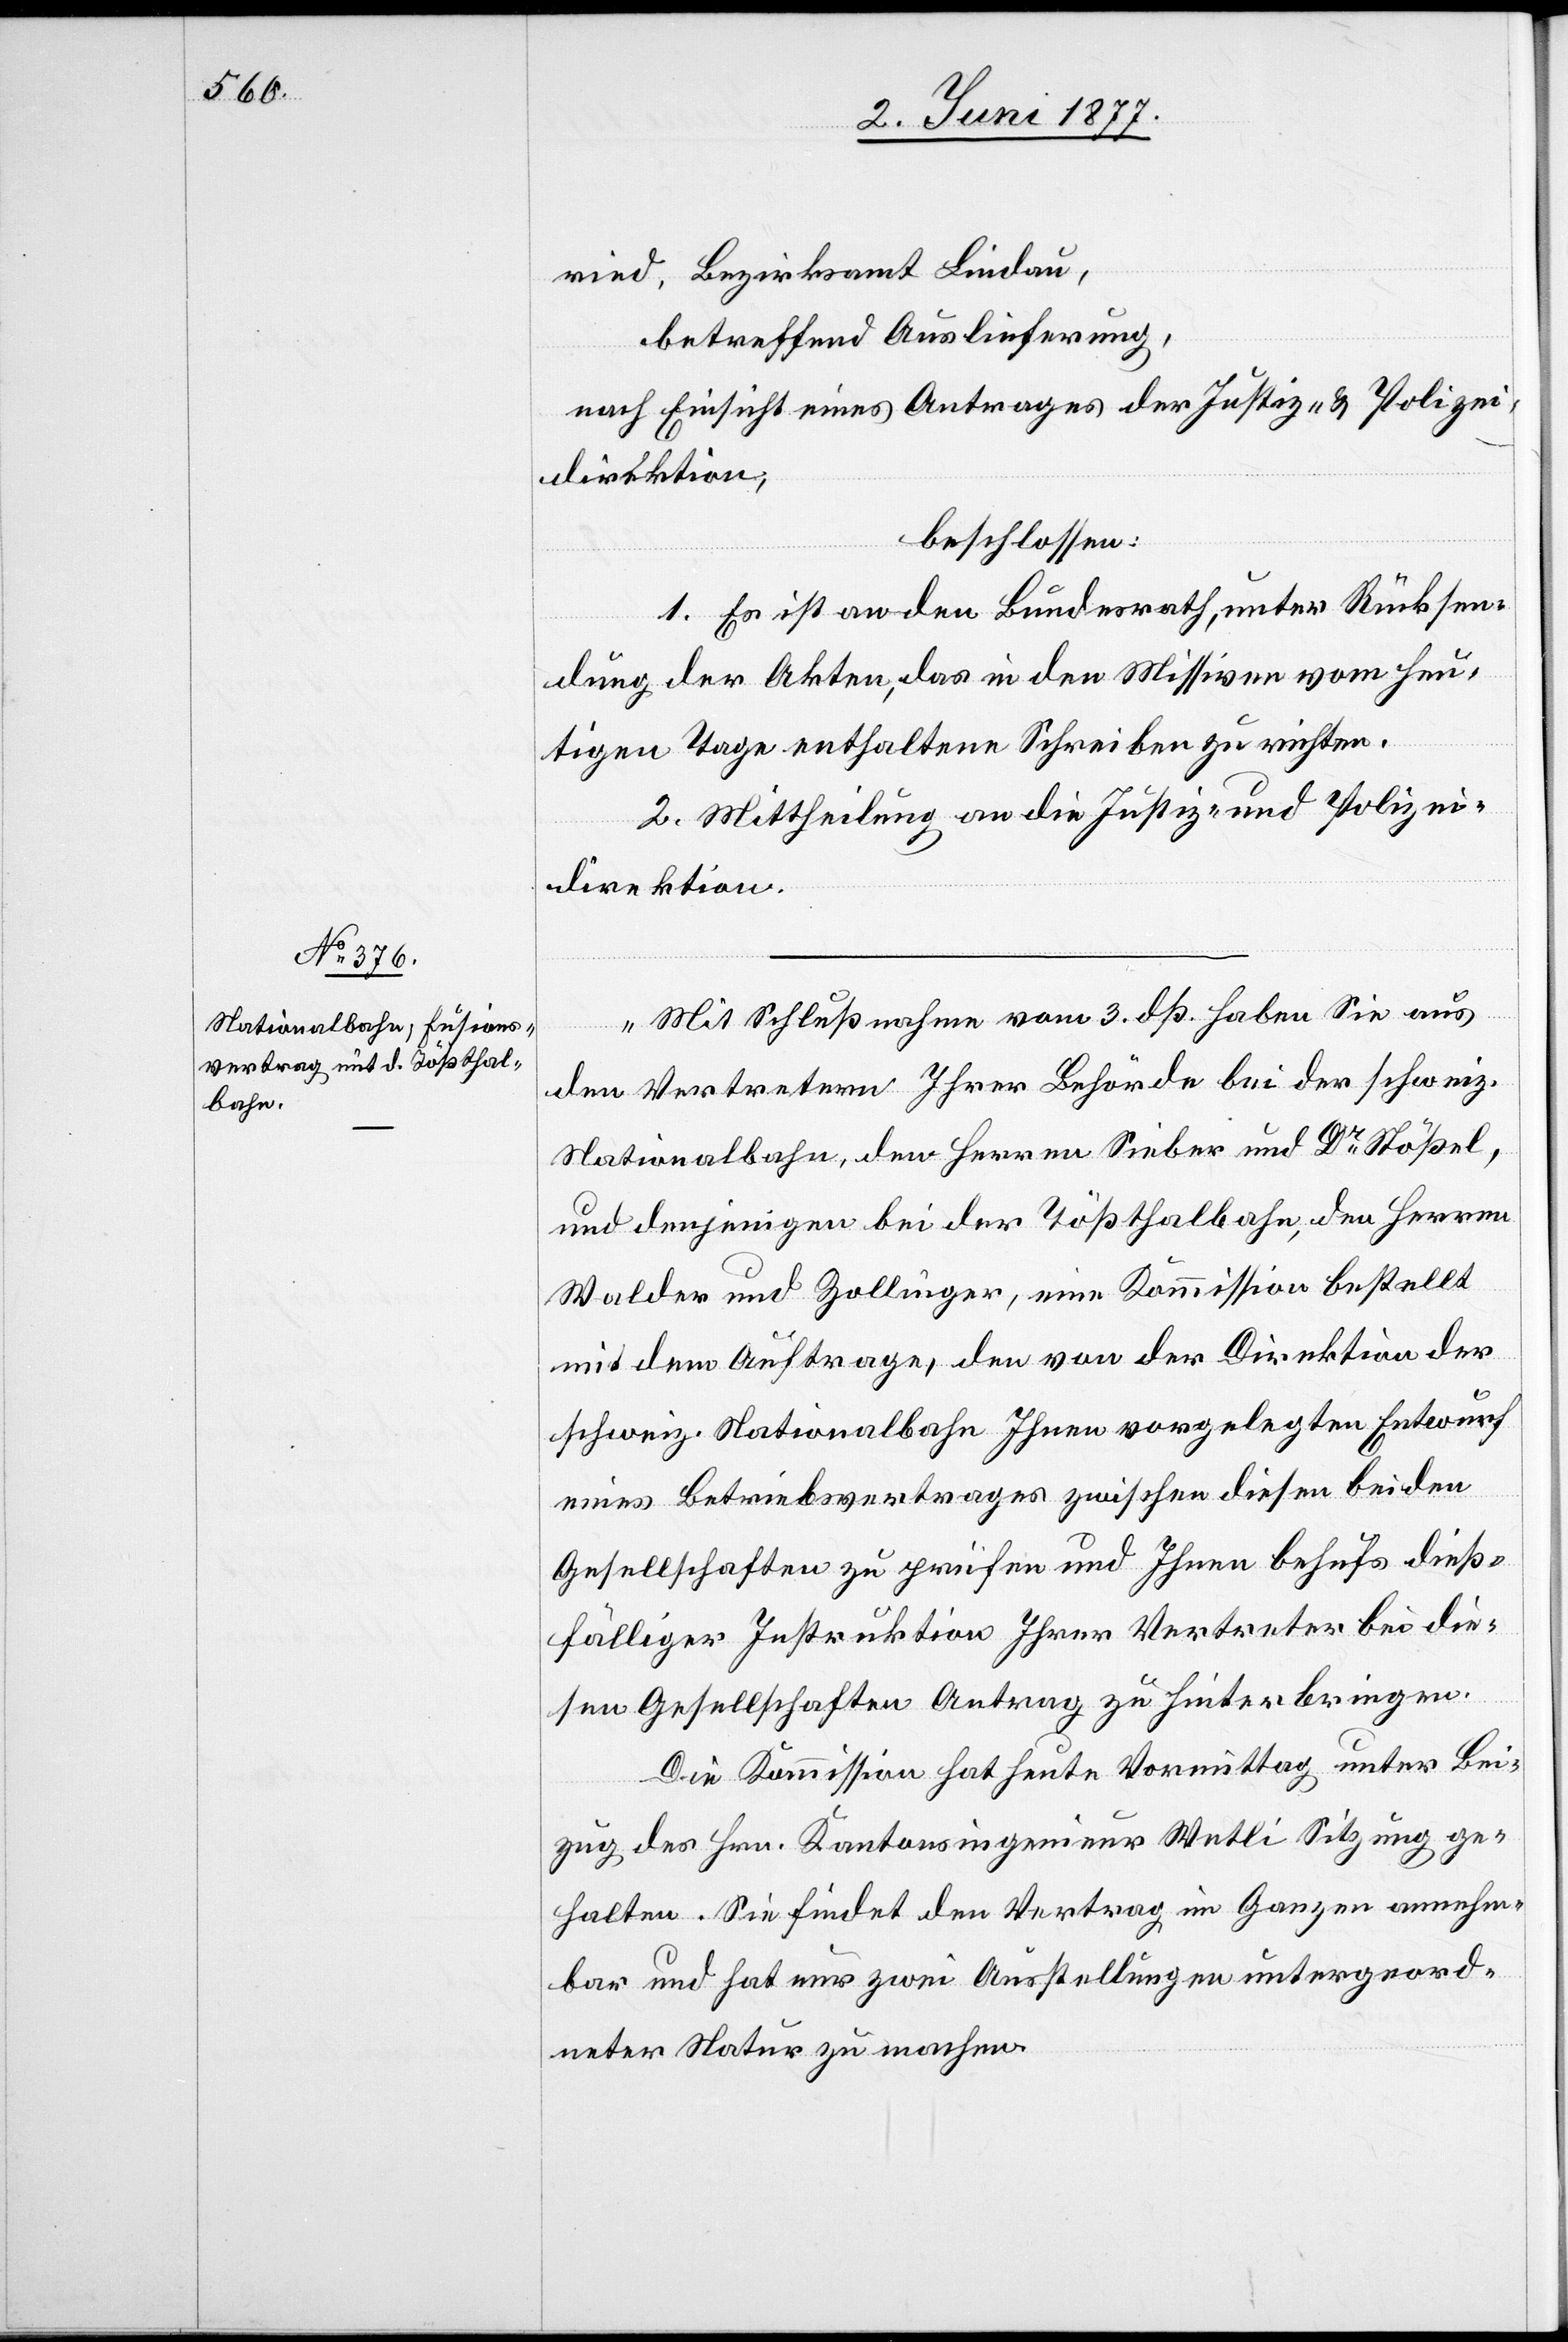
7. Juni 1877.]
ried, Bezirksamt Lindau,
betreffend Auslieferung,
nach Einsicht eines Antrages der Justiz- & Polizei¬
direktion,
beschlossen:
1. Es ist an den Bundesrath, unter Rücksen¬
dung der Akten, das in den Missiven vom heu¬
teigen Tage enthaltene Schreiben zu richten.
2. Mittheilung an die Justiz- und Polizei¬
direktion.
„Mit Schlußnahme vom 3. dß. habe Sie aus
den Vertretern Ihrer Behörde bei der schweiz.
Nationalbahn, den Herren Sieber und Dr Stößel,
und denjenigen bei der Tößthalbahn, den Herren
Walder und Zollinger, eine Kommission bestellt
mit dem Auftrage, den von der Direktion der
schweiz. Nationalbahn Ihnen vorgelegten Entwurf
eines Betriebsvertrages zwischen diesen beiden
Gesellschaften zu prüfen und Ihnen behufs dieß¬
fälliger Instruktionen Ihrer Vertreter bei die¬
sen Gesellschaften Antrag zu hinterbringen.
Die Kommission hat heute Vormittag unter Bei¬
zug des Hrn. Kantonsingenieur Wetli Sitzung ge¬
halten. Sie findet den Vertrag im Ganzen annehm¬
bar und hat nur zwei Ausstellungen untergeord¬
neter Natur zu machen.